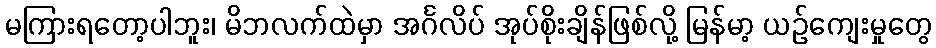
မကြားရတော့ပါဘူး၊ မိဘလက်ထဲမှာ အင်္ဂလိပ် အုပ်စိုးချိန်ဖြစ်လို့ မြန်မာ့ ယဉ်ကျေးမှုတွေ